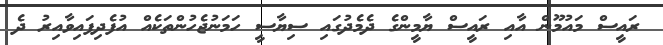
ރައީސް މައުމޫން އާއި ރައީސް ޔާމީންގެ ދެމެދުގައި ސިޔާސީ ހަމަނުޖެހުންތަކެއް އުފެދިފައިވާއިރު ދެ